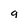
Character: 9